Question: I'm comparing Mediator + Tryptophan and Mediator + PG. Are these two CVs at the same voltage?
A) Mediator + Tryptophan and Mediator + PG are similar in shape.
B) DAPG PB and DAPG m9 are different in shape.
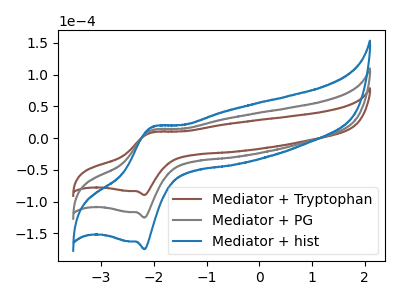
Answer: <think>The brown curve "Mediator + Tryptophan" has an anodic peak at (-2.00V, 9.15uA) and a cathodic peak at (-2.20V, -89.75uA). The gray curve "Mediator + PG" has an anodic peak at (-2.00V, 12.80uA) and a cathodic peak at (-2.20V, -125.40uA). The blue curve "Mediator + hist" has an anodic peak at (-2.00V, 25.60uA) and a cathodic peak at (-2.20V, -250.75uA).
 All the peaks in "Mediator + Tryptophan" have a peak in "Mediator + PG" at the same potential. Every peak in "Mediator + Tryptophan" is lower than every peak in "Mediator + PG".</think>
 <answer>A) "Mediator + Tryptophan" and "Mediator + PG" are similar in shape.</answer>
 <eval>A</eval>